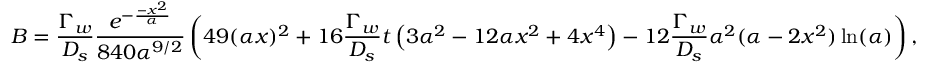
B = \frac { \Gamma _ { w } } { D _ { s } } \frac { e ^ { - \frac { - x ^ { 2 } } { \alpha } } } { 8 4 0 \alpha ^ { 9 / 2 } } \left( 4 9 ( \alpha x ) ^ { 2 } + 1 6 \frac { \Gamma _ { w } } { D _ { s } } t \left( 3 \alpha ^ { 2 } - 1 2 \alpha x ^ { 2 } + 4 x ^ { 4 } \right) - 1 2 \frac { \Gamma _ { w } } { D _ { s } } \alpha ^ { 2 } ( \alpha - 2 x ^ { 2 } ) \ln ( \alpha ) \right) ,